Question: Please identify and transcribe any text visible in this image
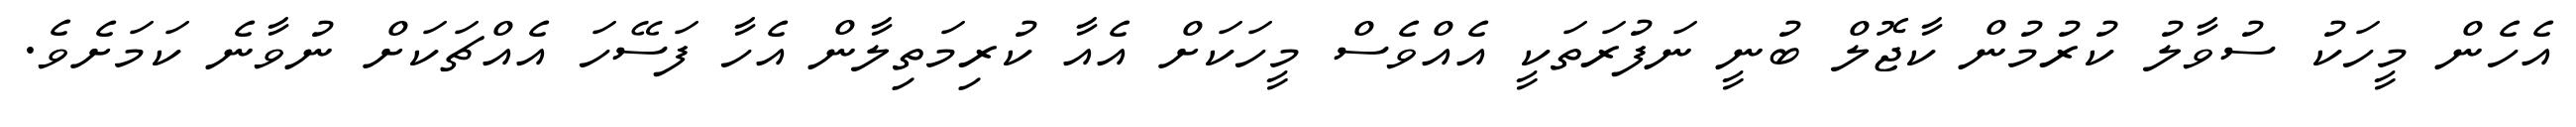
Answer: އެހެން މީހަކު ސުވާލު ކުރުމުން ކާޖޮލް ބުނީ ނަފުރަތަކީ އެއްވެސް މީހަކަށް އެއާ ކުރިމަތިލާން އެހާ ފަސޭހަ އެއްޗަކަށް ނުވާނެ ކަމަށެވެ.